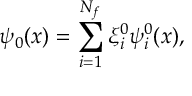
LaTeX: \psi _ { 0 } ( x ) = \sum _ { i = 1 } ^ { N _ { f } } \xi _ { i } ^ { 0 } \psi _ { i } ^ { 0 } ( x ) ,